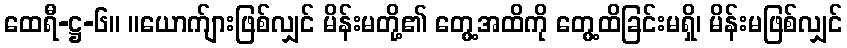
ထေရီ-ဋ္ဌ-၆။ ။ယောက်ျားဖြစ်လျှင် မိန်းမတို့၏ တွေ့အထိကို တွေ့ထိခြင်းမရှိ၊ မိန်းမဖြစ်လျှင်